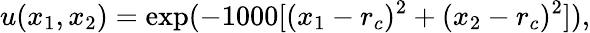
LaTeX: u(x_{1},x_{2})=\exp(-1000[(x_{1}-r_{c})^{2}+(x_{2}-r_{c})^{2}]),